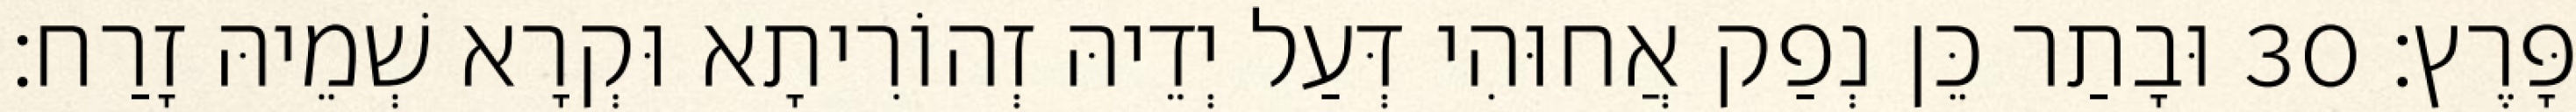
פָּרֶץ׃ 30 וּבָתַר כֵּן נְפַק אֲחוּהִי דְּעַל יְדֵיהּ זְהוֹרִיתָא וּקְרָא שְׁמֵיהּ זָרַח׃